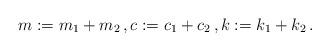
LaTeX: \begin{align*}m:=m_1+m_2\,, c:=c_1+c_2\,, k:=k_1 +k_2 \,.\end{align*}